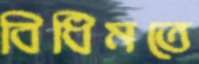
বিধিমতে